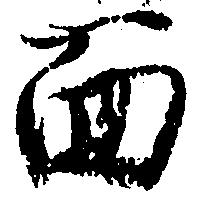
面